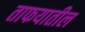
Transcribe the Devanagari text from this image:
ताफयातील